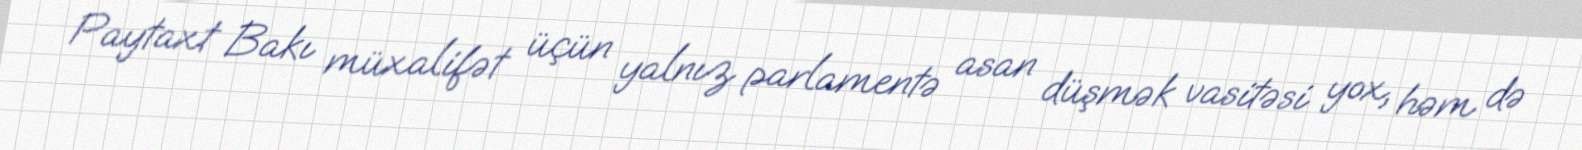
Paytaxt Bakı müxalifət üçün yalnız parlamentə asan düşmək vasitəsi yox, həm də